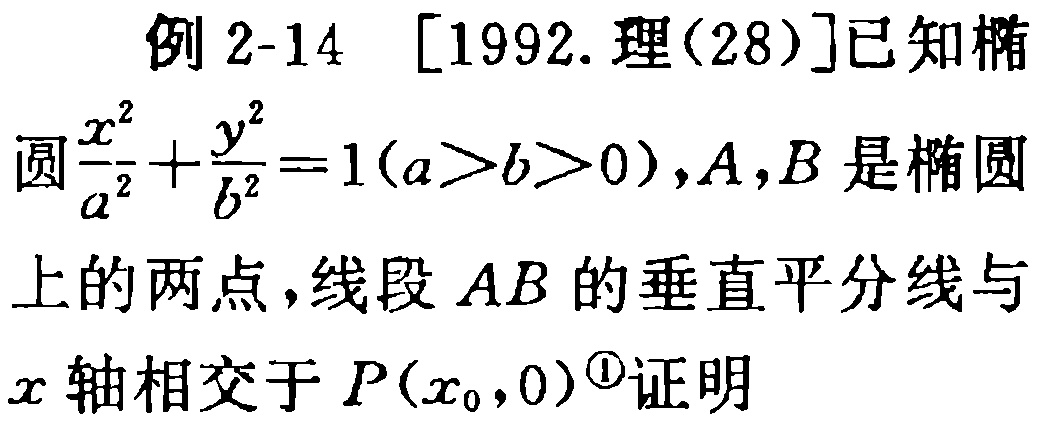
例 2-14 [1992.理(28)]已知椭
圆$\frac{x^{2}}{a^{2}}+\frac{y^{2}}{b^{2}} = 1(a > b > 0),A,B$是椭圆
上的两点，线段$AB$的垂直平分线与
$x$轴相交于$P(x_{0},0)$\textcircled{1}证明